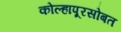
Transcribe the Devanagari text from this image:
कोल्हापूरसोबत